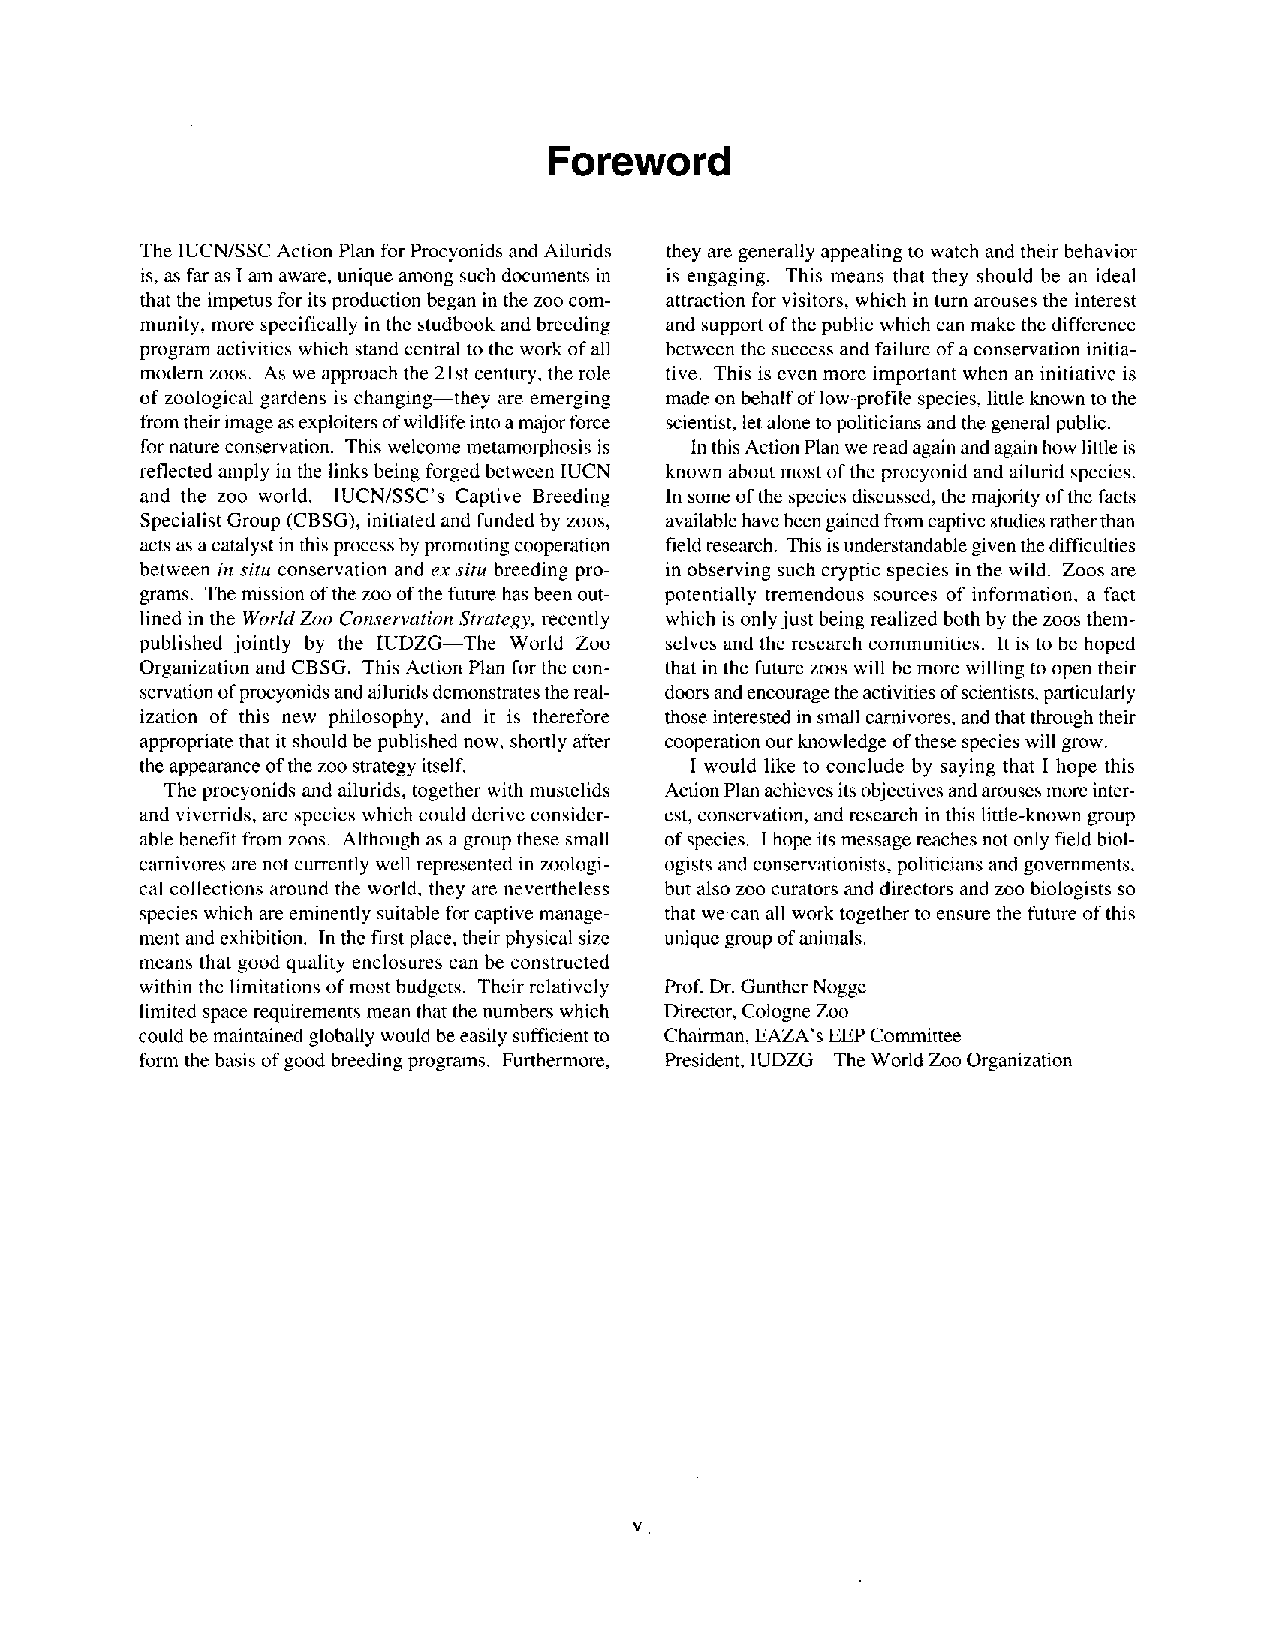
Foreword
 The IUCN/SSC Action Plan for Procyonids and Ailurids they are generally appealing to watch and their behavior
 is, as far as I am aware, unique among such documents in is engaging. This means that they should be an ideal
 that the impetus for its production began in the zoo com- attraction for visitors, which in turn arouses the interest
 munity, more specifically in the studbook and breeding and support of the public which can make the difference
 program activities which stand central to the work of all between the success and failure of a conservation initia-
 modern zoos. As we approach the 21st century, the role tive. This is even more important when an initiative is
 of zoological gardens is changing-they are emerging made on behalf of low-profile species, little known to the
 from their image as exploiters of wildlife into a major force scientist, let alone to politicians and the general public.
 for nature conservation. This welcome metamorphosis is In this Action Plan we read again and again how little is
 reflected amply in the links being forged between IUCN known about most of the procyonid and ailurid species.
 and the zoo world. IUCN/SSC’s Captive Breeding In some of the species discussed, the majority of the facts
 Specialist Group (CBSG), initiated and funded by zoos, available have been gained from captive studies rather than
 acts as a catalyst in this process by promoting cooperation field research. This is understandable given the difficulties
 between in situ conservation and ex situ breeding pro- in observing such cryptic species in the wild. Zoos are
 grams. The mission of the zoo of the future has been out- potentially tremendous sources of information, a fact
 lined in the World Zoo Conservation Strategy, recently which is only just being realized both by the zoos them-
 published jointly by the IUDZG-The World Zoo selves and the research communities. It is to be hoped
 Organization and CBSG. This Action Plan for the con- that in the future zoos will be more willing to open their
 servation of procyonids and ailurids demonstrates the real- doors and encourage the activities of scientists, particularly
 ization of this new philosophy, and it is therefore those interested in small carnivores, and that through their
 appropriate that it should be published now, shortly after cooperation our knowledge of these species will grow.
 the appearance of the zoo strategy itself. I would like to conclude by saying that I hope this
 The procyonids and ailurids, together with mustelids Action Plan achieves its objectives and arouses more inter-
 and viverrids, are species which could derive consider- est, conservation; and research in this little-known group
 able benefit from zoos. Although as a group these small of species. I hope its message reaches not only field biol-
 carnivores are not currently well represented in zoologi- ogists and conservationists, politicians and governments,
 cal collections around the world, they are nevertheless but also zoo curators and directors and zoo biologists so
 species which are eminently suitable for captive manage- that wecan all work together to ensure the future of this
 ment and exhibition. In the first place, their physical size unique group of animals.
 means that good quality enclosures can be constructed
 within the limitations of most budgets. Their relatively Prof. Dr. Gunther Nogge
 limited space requirements mean that the numbers which Director, Cologne Zoo
 could be maintained globally would be easily sufficient to Chairman, EAZA’s EEP Committee
 form the basis of good breeding programs. Furthermore, President, IUDZG-The World Zoo Organization